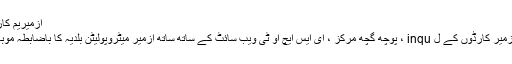
ازمیریم کارڈ بیلنس انکوائری اور ٹی ایل لوڈنگ
دونوں پرانے کینٹ کارٹ اور نئے ازمیر کارڈوں کے ل inqu ، پوچھ گچھ مرکز ، ای ایس ایچ او ٹی ویب سائٹ کے ساتھ ساتھ ازمیر میٹروپولیٹن بلدیہ کا باضابطہ موبائل اطلاق سے بھی کی جاسکتی ہے۔